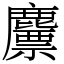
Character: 䴩